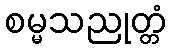
စမ္မသညုတ္တံ